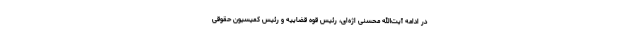
در ادامه آیت‌الله محسنی اژه‌ای، رئیس قوه قضاییه و رئیس کمیسیون حقوقی